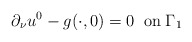
\begin{align*}\partial _\nu u^0-g(\cdot ,0)=0\;\; \rm{on}\; \Gamma _1\end{align*}